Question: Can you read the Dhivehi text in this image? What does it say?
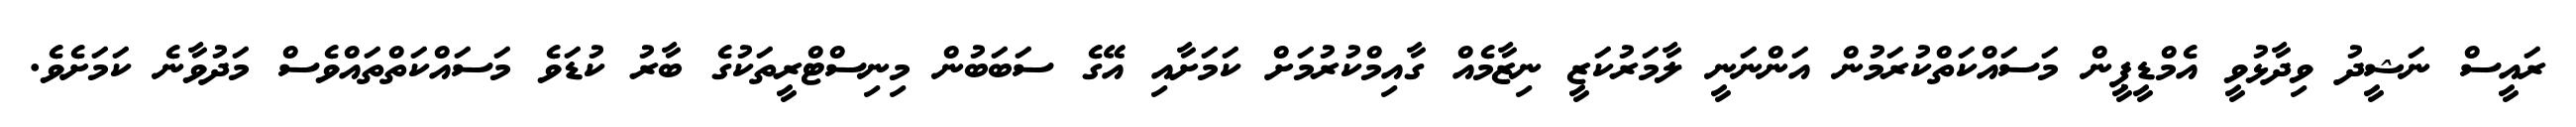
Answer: ރައީސް ނަޝީދު ވިދާޅުވީ އެމްޑީޕީން މަސައްކަތްކުރަމުން އަންނަނީ ލާމަރުކަޒީ ނިޒާމެއް ގާއިމްކުރުމަށް ކަމަށާއި އޭގެ ސަބަބުން މިނިސްޓްރީތަކުގެ ބާރު ކުޑަވެ މަސައްކަތްތައްވެސް މަދުވާނެ ކަމަށެވެ.